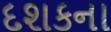
દશકના